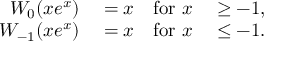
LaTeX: \begin{array} { r l r l } { W _ { 0 } ( x e ^ { x } ) } & { { } = x } & { { \mathrm { f o r ~ } } x } & { { } \geq - 1 , } \\ { W _ { - 1 } ( x e ^ { x } ) } & { { } = x } & { { \mathrm { f o r ~ } } x } & { { } \leq - 1 . } \end{array}